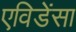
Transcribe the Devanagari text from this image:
एविडेंसा